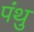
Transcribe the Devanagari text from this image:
पंथु